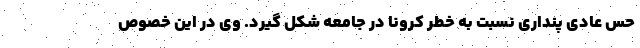
حس عادی پنداری نسبت به خطر کرونا در جامعه شکل گیرد. وی در این خصوص